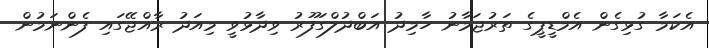
އެކަމާ ގުޅިގެން އެމްޑީޕީގެ ތަރުޖަމާނު ހާމިދު އަބްދުލްގަފޫރު ވިދާޅުވީ މިއަދު ރާއްޖޭގައި ފެންނަމުން